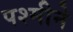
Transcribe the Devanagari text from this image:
पश्मीने